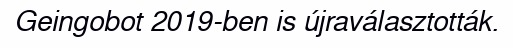
Geingobot 2019-ben is újraválasztották.